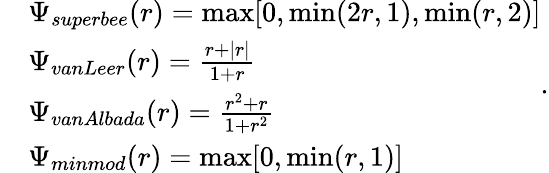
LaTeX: \begin{array}{rl}&{\Psi_{superbee}(r)=\operatorname*{max}[0,\operatorname*{min}(2r,1),\operatorname*{min}(r,2)]}\\ &{\Psi_{vanLeer}(r)=\frac{r+|r|}{1+r}}\\ &{\Psi_{vanAlbada}(r)=\frac{r^{2}+r}{1+r^{2}}}\\ &{\Psi_{minmod}(r)=\operatorname*{max}[0,\operatorname*{min}(r,1)]}\end{array}.